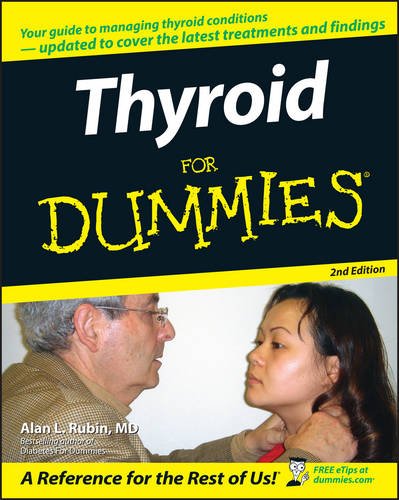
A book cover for Thyroid For Dummies; Alan L. Rubin; Health, Fitness & Dieting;